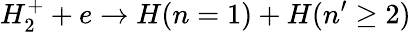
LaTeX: H_{2}^{+}+e\rightarrow H(n=1)+H(n^{\prime}\geq 2)